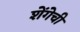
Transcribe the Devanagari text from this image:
शेंगेची